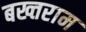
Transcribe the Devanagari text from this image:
बख्तराम